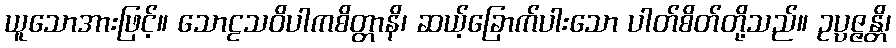
ယူသောအားဖြင့်။ သောဠသဝိပါကစိတ္တာနိ၊ ဆယ့်ခြောက်ပါးသော ပါတ်စိတ်တို့သည်။ ဥပ္ပဇ္ဇန္တိ၊